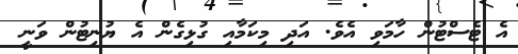
އެ ޓެސްޓުން ހާމަވި އެވެ. އަދި މިކަމާއި ގުޅިގެން އެ ޔުނިޓުން ވަނީ